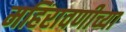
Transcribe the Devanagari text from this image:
महिरावणीच्या